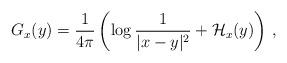
LaTeX: \begin{align*}G_x(y)=\frac{1}{4\pi}\left(\log\frac{1}{|x-y|^2}+\mathcal{H}_x(y) \right)\,,\end{align*}